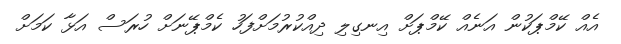
އެއް ކޭމްޕަކުން އަނެއް ކޭމްޕަށް އިނގިލި ދިއްކުރުމަށްފަހު ކެމްޕޭނަށް ހުރަސް އަޅާ ކަމަށް